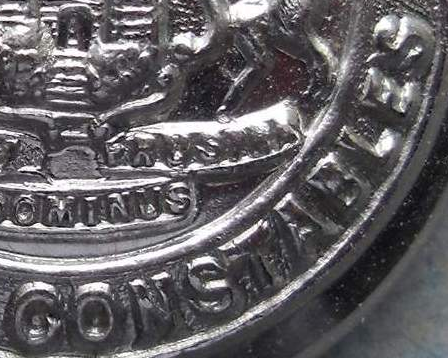
CONSTABLES